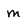
Character: M